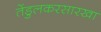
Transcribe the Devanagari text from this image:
तेंडुलकरसारखा